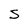
Character: S